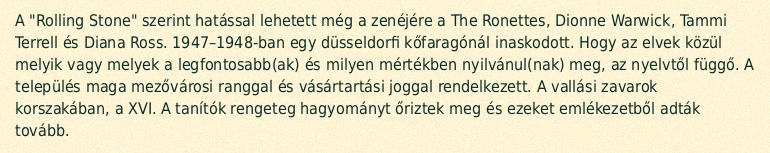
A "Rolling Stone" szerint hatással lehetett még a zenéjére a The Ronettes, Dionne Warwick, Tammi Terrell és Diana Ross. 1947–1948-ban egy düsseldorfi kőfaragónál inaskodott. Hogy az elvek közül melyik vagy melyek a legfontosabb(ak) és milyen mértékben nyilvánul(nak) meg, az nyelvtől függő. A település maga mezővárosi ranggal és vásártartási joggal rendelkezett. A vallási zavarok korszakában, a XVI. A tanítók rengeteg hagyományt őriztek meg és ezeket emlékezetből adták tovább.